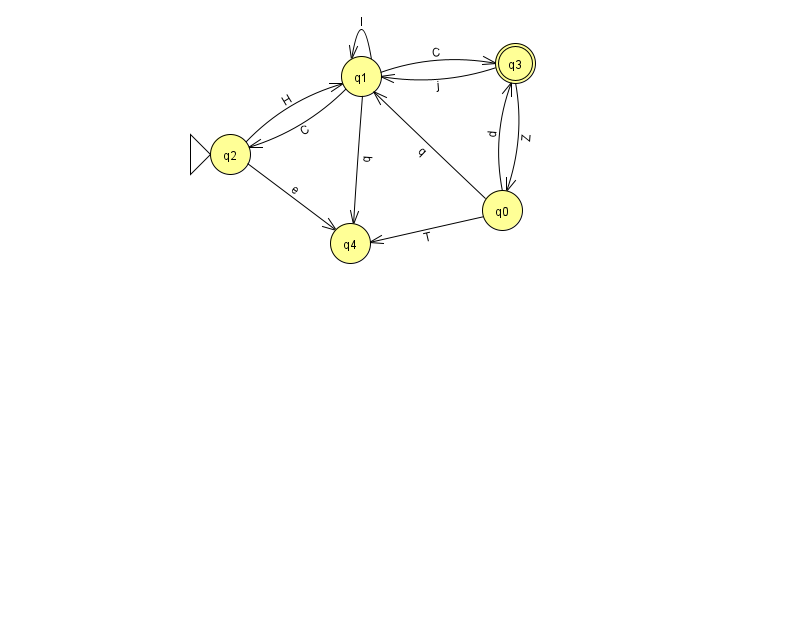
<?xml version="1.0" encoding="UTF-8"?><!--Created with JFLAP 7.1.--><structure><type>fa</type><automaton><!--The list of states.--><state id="0" name="q0"><x>502.0</x><y>197.0</y></state><state id="1" name="q1"><x>361.0</x><y>63.0</y></state><state id="2" name="q2"><x>230.0</x><y>141.0</y><initial/></state><state id="3" name="q3"><x>515.0</x><y>50.0</y><final/></state><state id="4" name="q4"><x>350.0</x><y>230.0</y></state><!--The list of transitions.--><transition><from>0</from><to>3</to><read>d</read></transition><transition><from>3</from><to>1</to><read>j</read></transition><transition><from>2</from><to>1</to><read>H</read></transition><transition><from>2</from><to>4</to><read>e</read></transition><transition><from>0</from><to>4</to><read>T</read></transition><transition><from>1</from><to>3</to><read>C</read></transition><transition><from>1</from><to>1</to><read>l</read></transition><transition><from>1</from><to>4</to><read>q</read></transition><transition><from>3</from><to>0</to><read>Z</read></transition><transition><from>1</from><to>2</to><read>C</read></transition><transition><from>0</from><to>1</to><read>q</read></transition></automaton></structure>